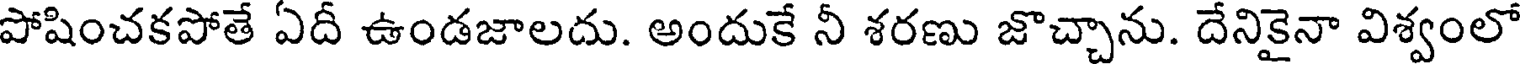
పోషించకపోతే ఏదీ ఉండజాలదు. అందుకే నీ శరణు జొచ్చాను. దేనికైనా విశ్వంలో